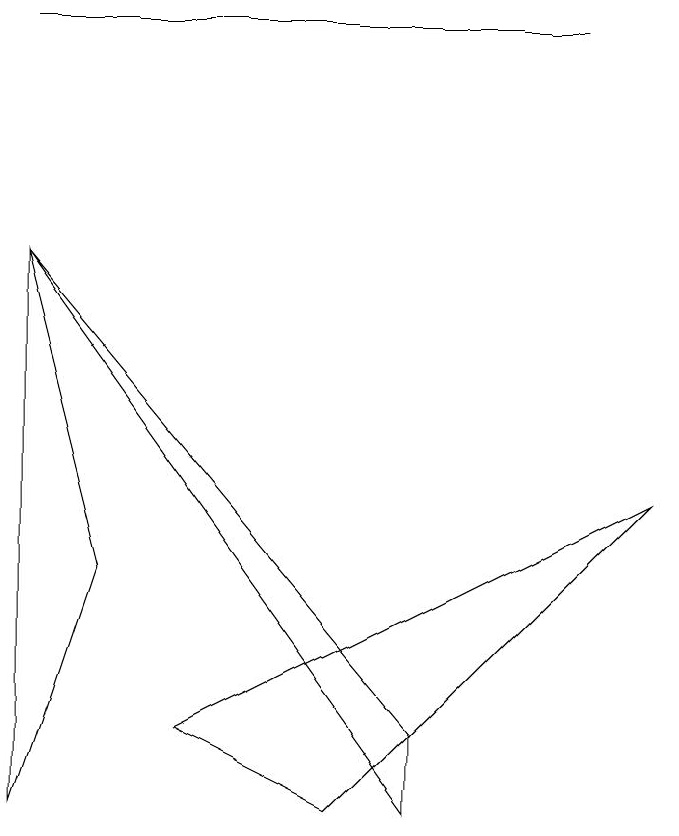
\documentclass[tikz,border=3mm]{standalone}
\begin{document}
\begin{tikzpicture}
\draw (8,12) rectangle (1,12);
\draw (1,2) -- (1,9) -- (2,5) -- cycle;
\draw (6,3) -- (6,2) -- (1,9) -- cycle;
\draw (9,6) -- (5,2) -- (3,3) -- cycle;
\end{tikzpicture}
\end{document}